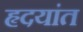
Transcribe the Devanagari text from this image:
हृदयांत